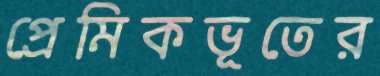
প্রেমিকভূতের